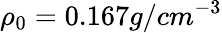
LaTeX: \rho_{0}=0.167g/cm^{-3}